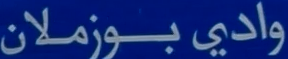
واديِّبوزملان